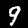
Digit: 9